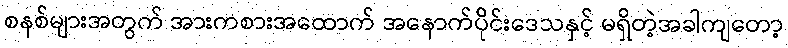
စနစ်များအတွက် အားကစားအထောက် အနောက်ပိုင်းဒေသနှင့် မရှိတဲ့အခါကျတော့